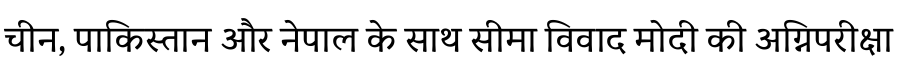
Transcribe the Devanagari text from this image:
चीन, पाकिस्तान और नेपाल के साथ सीमा विवाद मोदी की अग्निपरीक्षा